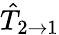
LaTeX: \hat{T}_{2\to 1}